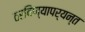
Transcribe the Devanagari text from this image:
ठरविण्यापर्यन्त